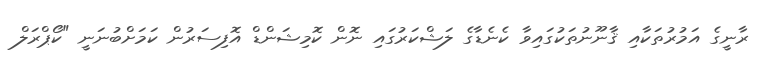
ރާނީގެ އަމުރުތަކާއި ޤާނޫނުތަކުގައިވާ ކެނެޑާގެ ލަޝްކަރުގައި ނޮން ކޮމިޝަންޑް އޮފިސަރުން ކަމަށްބުނަނީ "ކޯޕްރަލް